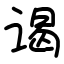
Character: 谒